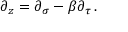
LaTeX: \partial _ { z } = \partial _ { \sigma } - \beta \partial _ { \tau } \, .